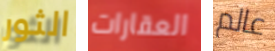
الثور العقارات عالم